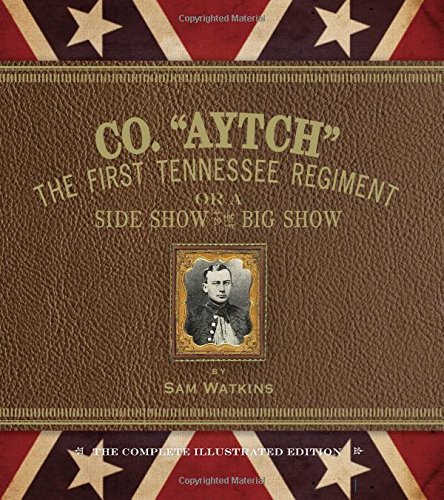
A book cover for Co. "Aytch": The First Tennessee Regiment or a Side Show to the Big Show: The Complete Illustrated Edition; Samuel Watkins; History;